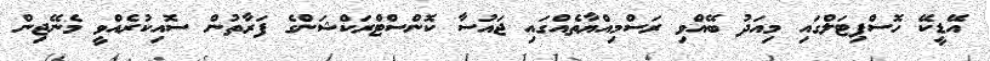
އޭޑީކޭ ހޮސްޕިޓަލްގައި މިއަދު ބޭއްވި ރަސްމިއްޔާތެއްގައި ޖައުސާ ކޮންސްޓްރަކްޝަންގެ ފަރާތުން ސޮއިކުރެއްވީ މެނޭޖިން